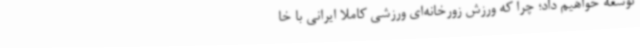
توسعه خواهیم داد؛ چرا که ورزش زورخانه‌ای ورزشی کاملا ایرانی با خا